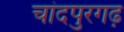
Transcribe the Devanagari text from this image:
चांदपुरगढ़